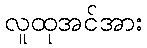
လူထုအင်အား